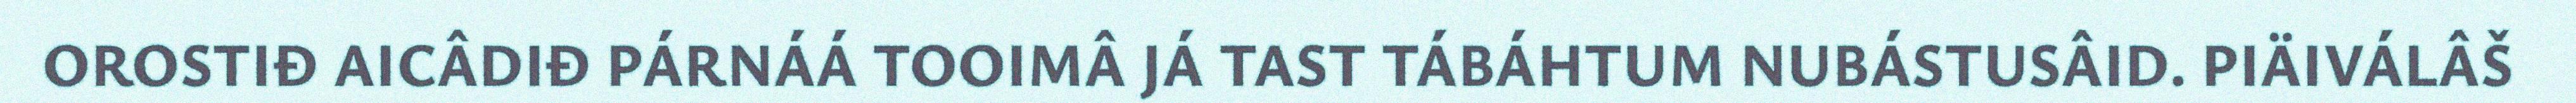
OROSTIĐ AICÂDIĐ PÁRNÁÁ TOOIMÂ JÁ TAST TÁBÁHTUM NUBÁSTUSÂID. PIÄIVÁLÂŠ